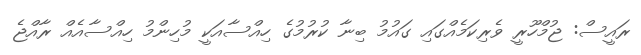
ރައީސް: ޖުމްހޫރީ ވެރިކަމެއްގައި ގައުމު ބިނާ ކުރުމުގެ ހިއްސާއަކީ މުހިންމު ހިއްސާއެއް ރާއްޖެ